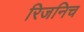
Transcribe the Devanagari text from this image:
रिजनिच